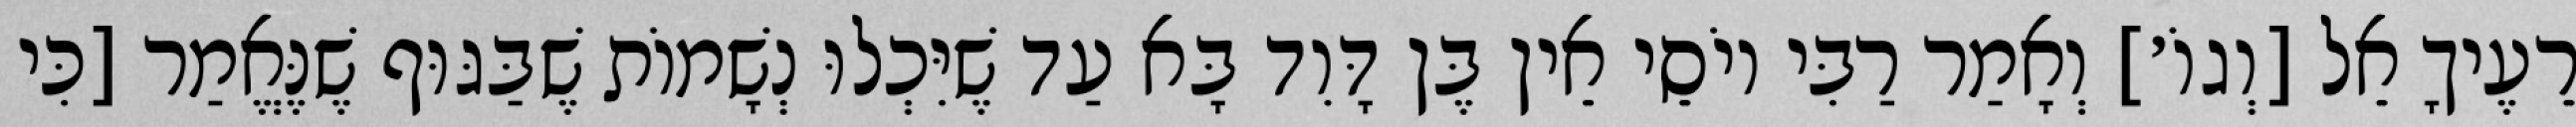
רֵעֶיךָ אֵל [וְגוֹ׳] וְאָמַר רַבִּי יוֹסֵי אֵין בֶּן דָּוִד בָּא עַד שֶׁיִּכְלוּ נְשָׁמוֹת שֶׁבַּגּוּף שֶׁנֶּאֱמַר [כִּי